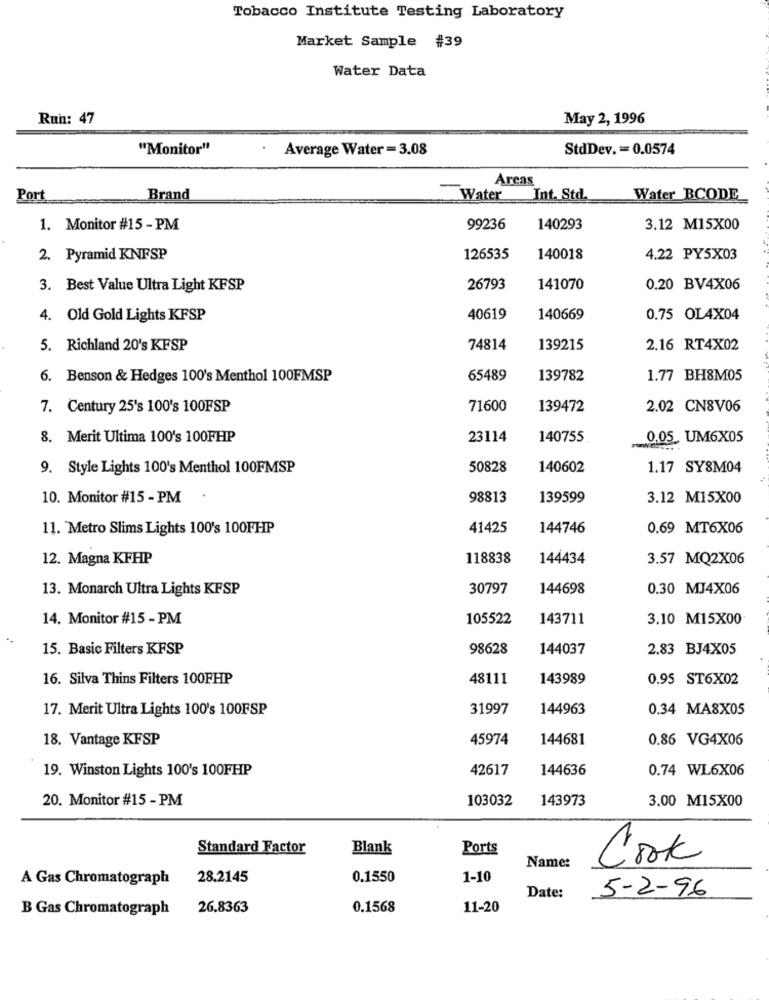
Tobacco Institute Testing Laboratory
Market Sample #39
Water Data
Run: 47
May 2, 1996
"Monitor"
.
Average Water = 3.08
StdDev. = 0.0574
Areas
Port
Brand
Water
Int. Std.
Water BCODE
1. Monitor #15 - PM
99236
140293
3.12 M15X00
2. Pyramid KNFSP
126535
140018
4.22 PY5X03
3. Best Value Ultra Light KFSP
26793
141070
0.20 BV4X06
4. Old Gold Lights KFSP
40619
140669
0.75 OL4X04
5. Richland 20's KFSP
74814
139215
2.16 RT4X02
6. Benson & Hedges 100's Menthol 100FMSP
65489
139782
1.77 BH8M05
7. Century 25's 100's 100FSP
71600
139472
2.02 CN8V06
8. Merit Ultima 100's 100FHP
23114
140755
0.05. UM6X05
9. Style Lights 100's Menthol 100FMSP
50828
140602
1.17 SY8M04
10. Monitor #15 - PM
98813
139599
3.12 M15X00
11. Metro Slims Lights 100's 100FHP
41425
144746
0.69 MT6X06
12. Magna KFHP
118838
144434
3.57 MQ2X06
13. Monarch Ultra Lights KFSP
30797
144698
0.30 MJ4X06
14. Monitor #15 - PM
105522
143711
3.10 M15X00
15. Basic Filters KFSP
98628
144037
2.83 BJ4X05
16. Silva Thins Filters 100FHP
48111
143989
0.95 ST6X02
17. Merit Ultra Lights 100's 100FSP
31997
144963
0.34 MA8X05
18. Vantage KFSP
45974
144681
0.86 VG4X06
19. Winston Lights 100's 100FHP
42617
144636
0.74 WL6X06
20. Monitor #15 - PM
103032
143973
3.00 M15X00
Standard Factor
Blank
Ports
Cook
Name:
A Gas Chromatograph
28.2145
0.1550
1-10
Date:
5-2-96
B Gas Chromatograph
26.8363
0.1568
11-20